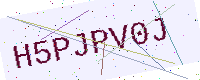
Text: H5PJPV0J